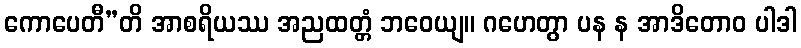
ကောပေတီ”တိ အာစရိယဿ အညထတ္တံ ဘဝေယျ။ ဂဟေတွာ ပန န အာဒိတောဝ ပါဒါ